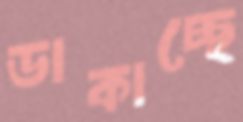
ডাকাচ্ছে